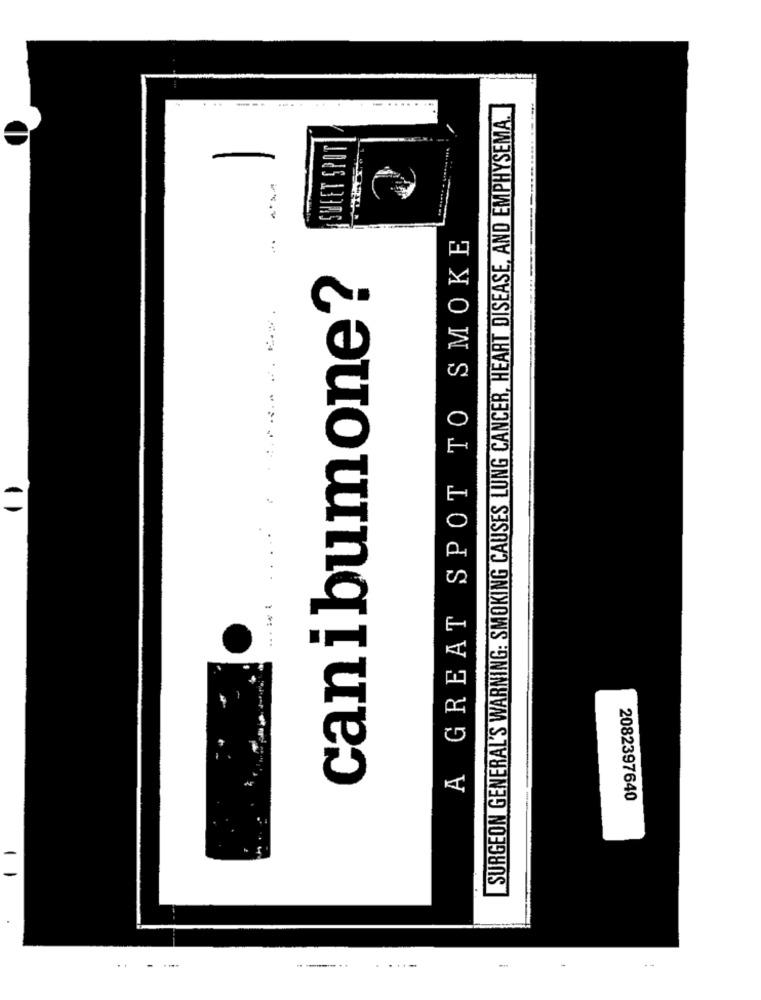
..
---
.............
SURGEON GENERAL'S WARNING: SMOKING CAUSES LUNG CANCER, HEART DISEASE, AND EMPHYSEMA.
JONS ABRAS
A GREAT SPOT TO SMOKE
canibumone?
2082397640